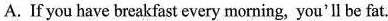
A.If you have breakfast every morning, you'll be fat.